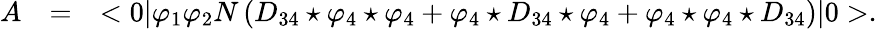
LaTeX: \begin{array}{rcl}{{A}}&{{=}}&{{\displaystyle<0|\varphi_{1}\varphi_{2}N\left(D_{34}\star\varphi_{4}\star\varphi_{4}+\varphi_{4}\star D_{34}\star\varphi_{4}+\varphi_{4}\star\varphi_{4}\star D_{34}\right)|0>.}}\end{array}